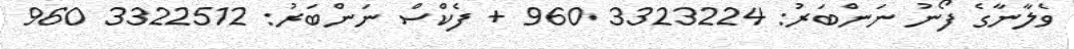
ވެލާނާގެ ފޯނު ނަންބަރު: 3323224 960 + ފެކްސް ނަންބަރު: 3322512 960